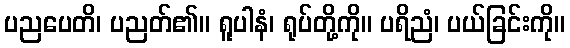
ပညပေတိ၊ ပညတ်၏။ ရူပါနံ၊ ရုပ်တို့ကို။ ပရိညံ၊ ပယ်ခြင်းကို။